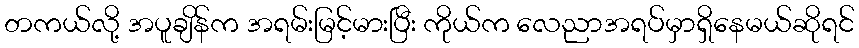
တကယ်လို့ အပူချိန်က အရမ်းမြင့်မားပြီး ကိုယ်က လေညာအရပ်မှာရှိနေမယ်ဆိုရင်